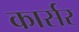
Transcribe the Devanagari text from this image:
कार्सर